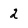
Character: 2